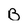
Character: B